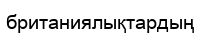
британиялықтардың